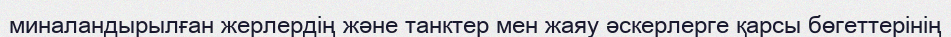
миналандырылған жерлердің және танктер мен жаяу әскерлерге қарсы бөгеттерінің